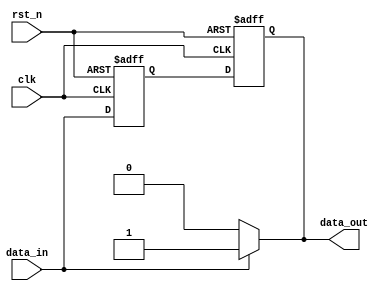
module event_control_example (
    input wire clk,          // Clock signal
    input wire rst_n,       // Asynchronous active-low reset
    input wire data_in,     // Input data signal
    output reg data_out     // Output data signal
);

    // Internal signal to hold the state
    reg internal_state;

    // Initial block to set the initial state
    initial begin
        internal_state = 0;
        data_out = 0;
    end

    // Event-driven behavior
    always @(posedge clk or negedge rst_n) begin
        if (!rst_n) begin
            // Handle reset event
            internal_state <= 0;  // Reset internal state
            data_out <= 0;        // Reset output
        end else begin
            // Handle clock event
            // Perform some operation based on the input data
            internal_state <= data_in; // Update internal state with input data
            data_out <= internal_state; // Update output with internal state
        end
    end

    // Example of using @(event) to respond to changes in data_in
    always @(data_in) begin
        // This block is triggered whenever data_in changes
        if (data_in) begin
            // Perform action if data_in is high
            data_out <= 1; // Set output high when data_in is high
        end else begin
            // Perform action if data_in is low
            data_out <= 0; // Set output low when data_in is low
        end
    end

endmodule